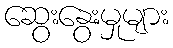
ဆွေးနွေးမှုများ